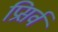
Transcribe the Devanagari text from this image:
प्रिसर्व